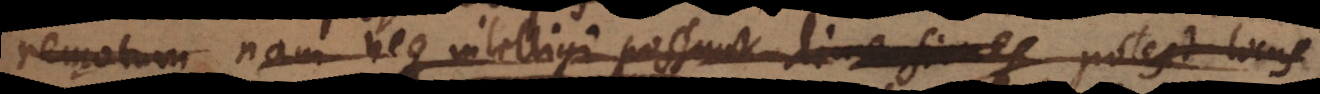
remotum nam neque intelligi possunt dimensiones potest locus